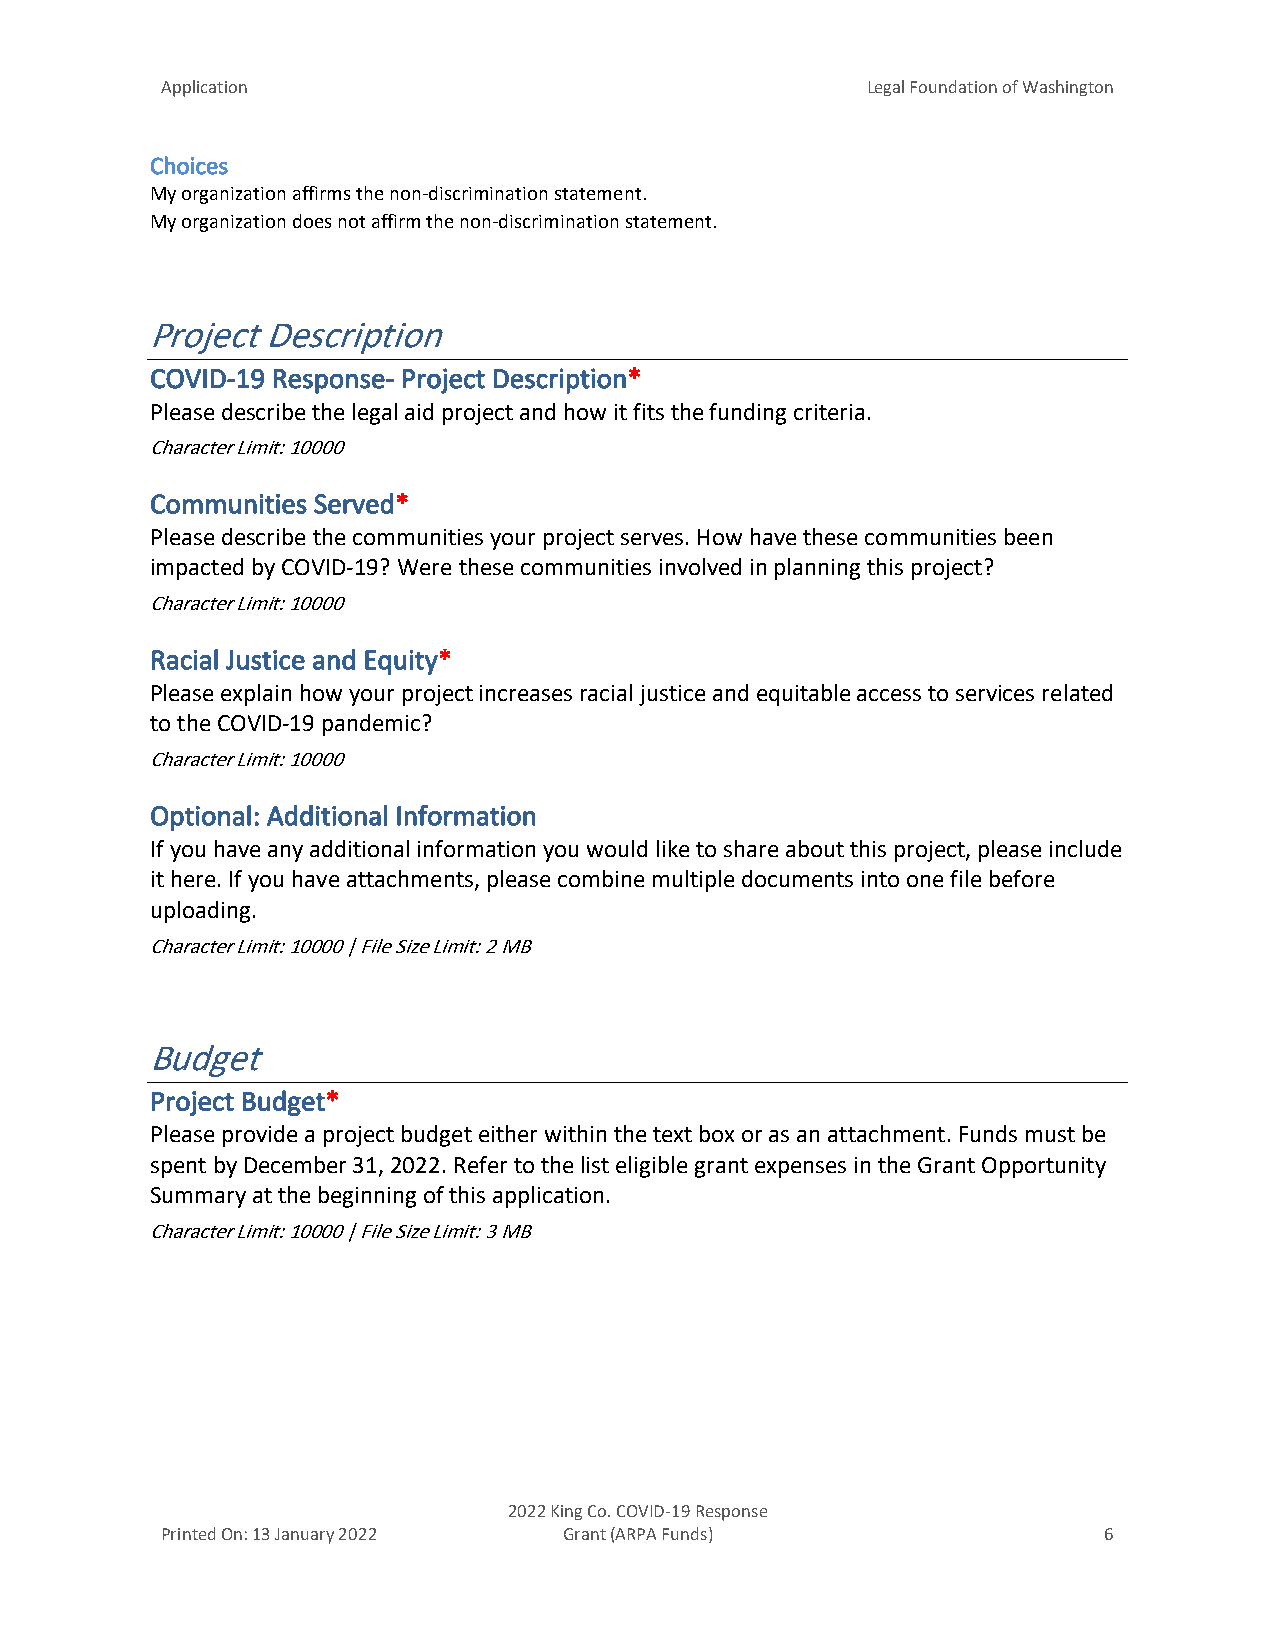
Application                                   Legal Foundation of Washington
 Choices
 My organization affirms the non-discrimination statement.
 My organization does not affirm the non-discrimination statement.
 Project Description
 COVID-19 Response- Project Description*
 Please describe the legal aid project and how it fits the funding criteria.
 Character Limit: 10000
 Communities Served*
 Please describe the communities your project serves. How have these communities been
 impacted by COVID-19? Were these communities involved in planning this project?
 Character Limit: 10000
 Racial Justice and Equity*
 Please explain how your project increases racial justice and equitable access to services related
 to the COVID-19 pandemic?
 Character Limit: 10000
 Optional: Additional Information
 If you have any additional information you would like to share about this project, please include
 it here. If you have attachments, please combine multiple documents into one file before
 uploading.
 Character Limit: 10000 | File Size Limit: 2 MB
 Budget
 Project Budget*
 Please provide a project budget either within the text box or as an attachment. Funds must be
 spent by December 31, 2022. Refer to the list eligible grant expenses in the Grant Opportunity
 Summary at the beginning of this application.
 Character Limit: 10000 | File Size Limit: 3 MB
 2022 King Co. COVID-19 Response
 Printed On: 13 January 2022 Grant (ARPA Funds)                6